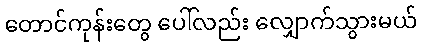
တောင်ကုန်းတွေ ပေါ်လည်း လျှောက်သွားမယ်